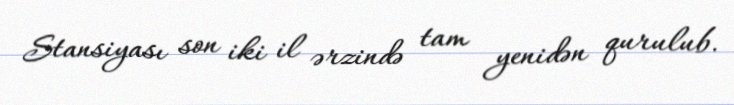
Stansiyası son iki il ərzində tam yenidən qurulub.